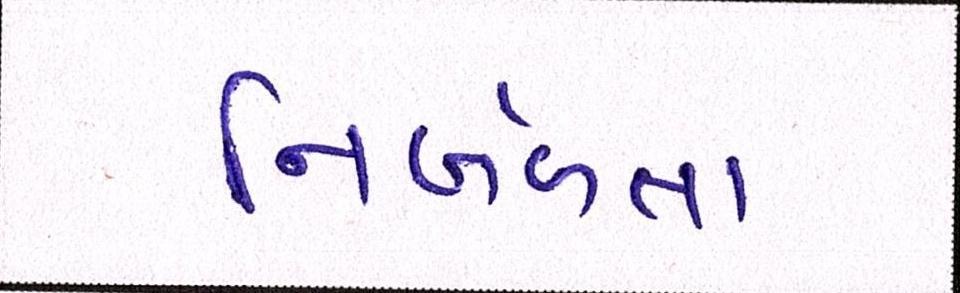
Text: નિર્બળતા